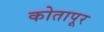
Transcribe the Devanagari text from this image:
कोतापूर